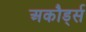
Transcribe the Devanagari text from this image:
अकौर्ड्स